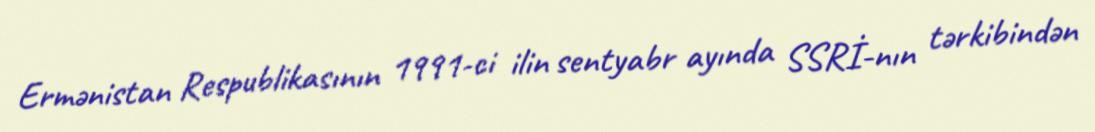
Ermənistan Respublikasının 1991-ci ilin sentyabr ayında SSRİ-nın tərkibindən